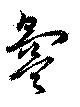
氳